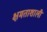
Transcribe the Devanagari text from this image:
क्षमताशाली